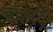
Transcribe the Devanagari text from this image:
कॉमंट्री